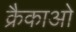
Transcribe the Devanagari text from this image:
क्रैकाओ